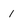
Character: 1